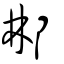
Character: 郴